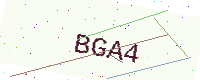
Text: BGA4